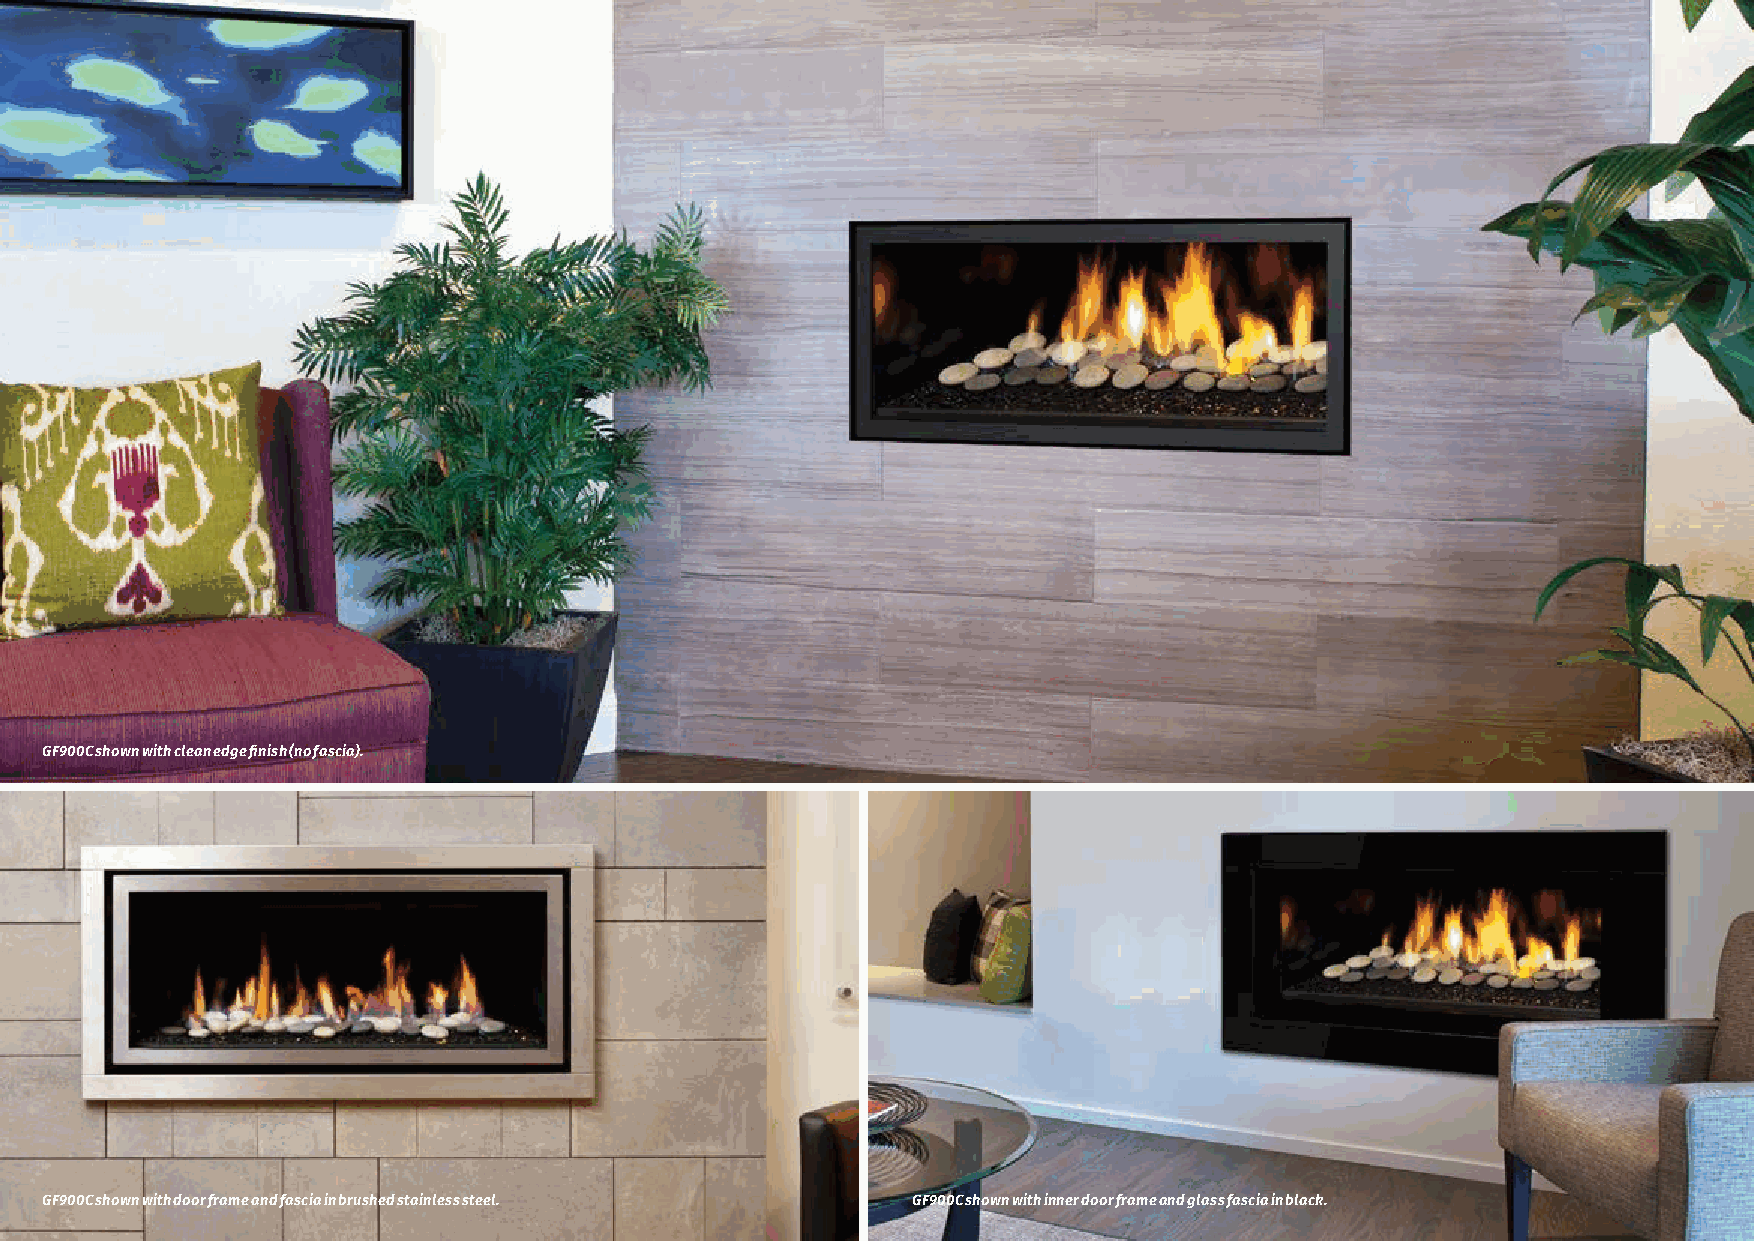
GF900C shown with clean edge finish (no fascia).
 7
 GF900C shown with door frame and fascia in brushed stainless steel. GF900C shown with inner door frame and glass fascia in black.